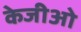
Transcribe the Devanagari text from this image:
केजीओ